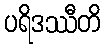
ပရိဒဿီတိ